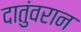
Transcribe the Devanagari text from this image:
दातुंवरान